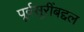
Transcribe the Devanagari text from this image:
पूर्वसूरींबद्दल